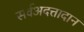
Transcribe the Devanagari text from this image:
सर्वअदत्तादान